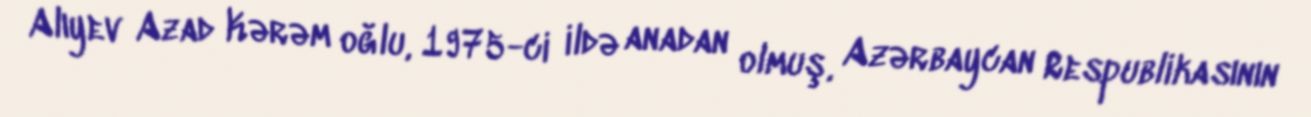
Alıyev Azad Kərəm oğlu, 1975-ci ildə anadan olmuş, Azərbaycan Respublikasının